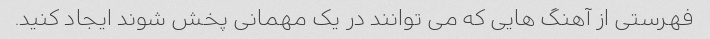
فهرستی از آهنگ هایی که می توانند در یک مهمانی پخش شوند ایجاد کنید.